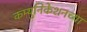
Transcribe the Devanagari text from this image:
कम्युनिकेशनच्या